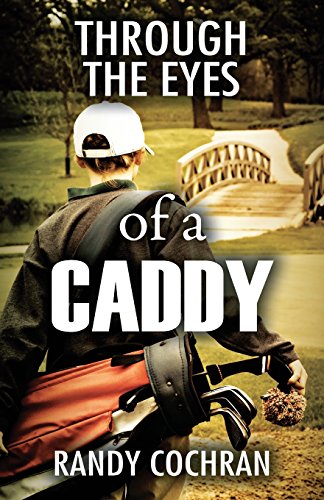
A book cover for Through The Eyes of a Caddy; Randy Cochran; Humor & Entertainment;